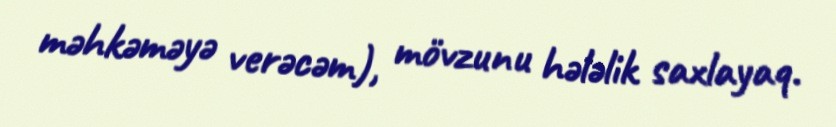
məhkəməyə verəcəm), mövzunu hələlik saxlayaq.